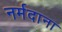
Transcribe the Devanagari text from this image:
नर्मदाना